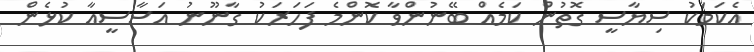
އެކަަމަކު ސިޔާސީ ގޮތުން ކަމެއް ބޭނުންވާ ކޮންމެ ފަހަރަކު ގާނޫނު އަސާސީއާ ކުޅެން